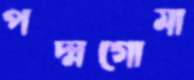
পদ্মগোমা